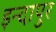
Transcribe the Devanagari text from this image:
इन्दापुर